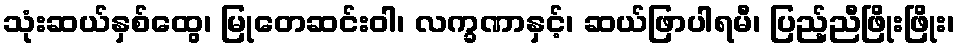
သုံးဆယ်နှစ်ထွေ၊ မြုတေဆင်းဝါ၊ လက္ခဏာနှင့်၊ ဆယ်ဖြာပါရမီ၊ ပြည့်ညီဖြိုးဖြိုး၊